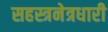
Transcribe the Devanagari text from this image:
सहस्त्रनेत्रधारी